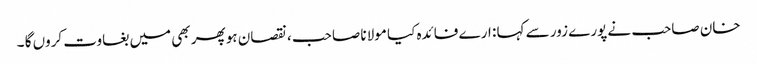
خان صاحب نے پورے زور سے کہا : ارے فائدہ کیا مولانا صاحب ، نقصان ہو پھر بھی میں بغاوت کروں گا ۔